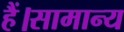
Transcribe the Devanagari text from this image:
हैं।सामान्य